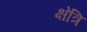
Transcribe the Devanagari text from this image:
क्षेत्रि